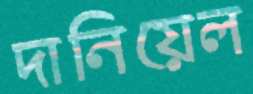
দানিয়েল